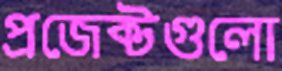
প্রজেক্টগুলো